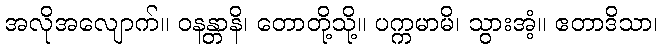
အလိုအလျောက်။ ဝနန္တာနိ၊ တောတို့သို့။ ပက္ကမာမိ၊ သွားအံ့။ ဧတာဒိသာ၊